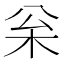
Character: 枀